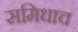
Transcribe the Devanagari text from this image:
समिधाच